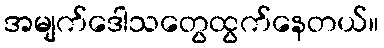
အမျက်ဒေါသတွေထွက်နေတယ်။